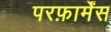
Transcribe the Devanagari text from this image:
परफ़ार्मेंस